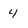
Character: 4